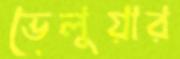
ভেলুয়ার